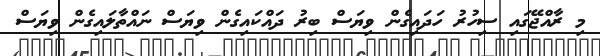
މި ރާއްޖޭގައި ސިހުރު ހަދައިގެން ވިޔަސް ބިރު ދައްކައިގެން ވިޔަސް ނައްތާލައިގެން ވިޔަސް